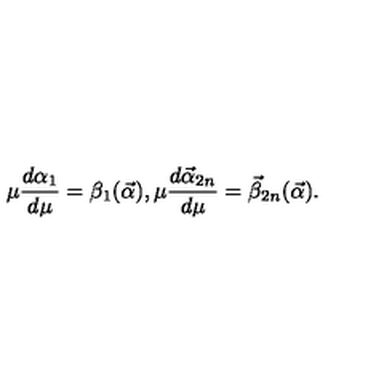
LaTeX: \mu { \frac { d \alpha _ { 1 } } { d \mu } } = \beta _ { 1 } ( { \vec { \alpha } } ) , \mu { \frac { d { \vec { \alpha } } _ { 2 n } } { d \mu } } = { \vec { \beta } } _ { 2 n } ( { \vec { \alpha } } ) .